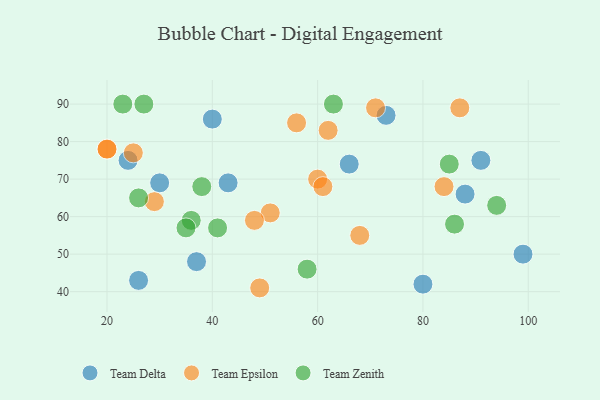
{"axis": {"x": "GDP", "y": "Life Expectancy"}, "legend": ["Team Delta", "Team Epsilon", "Team Zenith"], "data": [{"x": "40", "y": 86, "type": "Team Delta"}, {"x": "43", "y": 69, "type": "Team Delta"}, {"x": "91", "y": 75, "type": "Team Delta"}, {"x": "24", "y": 75, "type": "Team Delta"}, {"x": "30", "y": 69, "type": "Team Delta"}, {"x": "26", "y": 43, "type": "Team Delta"}, {"x": "73", "y": 87, "type": "Team Delta"}, {"x": "66", "y": 74, "type": "Team Delta"}, {"x": "88", "y": 66, "type": "Team Delta"}, {"x": "99", "y": 50, "type": "Team Delta"}, {"x": "37", "y": 48, "type": "Team Delta"}, {"x": "80", "y": 42, "type": "Team Delta"}, {"x": "60", "y": 70, "type": "Team Epsilon"}, {"x": "71", "y": 89, "type": "Team Epsilon"}, {"x": "68", "y": 55, "type": "Team Epsilon"}, {"x": "56", "y": 85, "type": "Team Epsilon"}, {"x": "61", "y": 68, "type": "Team Epsilon"}, {"x": "51", "y": 61, "type": "Team Epsilon"}, {"x": "48", "y": 59, "type": "Team Epsilon"}, {"x": "20", "y": 78, "type": "Team Epsilon"}, {"x": "49", "y": 41, "type": "Team Epsilon"}, {"x": "25", "y": 77, "type": "Team Epsilon"}, {"x": "20", "y": 78, "type": "Team Epsilon"}, {"x": "62", "y": 83, "type": "Team Epsilon"}, {"x": "87", "y": 89, "type": "Team Epsilon"}, {"x": "84", "y": 68, "type": "Team Epsilon"}, {"x": "29", "y": 64, "type": "Team Epsilon"}, {"x": "85", "y": 74, "type": "Team Zenith"}, {"x": "41", "y": 57, "type": "Team Zenith"}, {"x": "94", "y": 63, "type": "Team Zenith"}, {"x": "36", "y": 59, "type": "Team Zenith"}, {"x": "26", "y": 65, "type": "Team Zenith"}, {"x": "58", "y": 46, "type": "Team Zenith"}, {"x": "38", "y": 68, "type": "Team Zenith"}, {"x": "35", "y": 57, "type": "Team Zenith"}, {"x": "27", "y": 90, "type": "Team Zenith"}, {"x": "23", "y": 90, "type": "Team Zenith"}, {"x": "86", "y": 58, "type": "Team Zenith"}, {"x": "63", "y": 90, "type": "Team Zenith"}]}